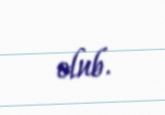
olub.